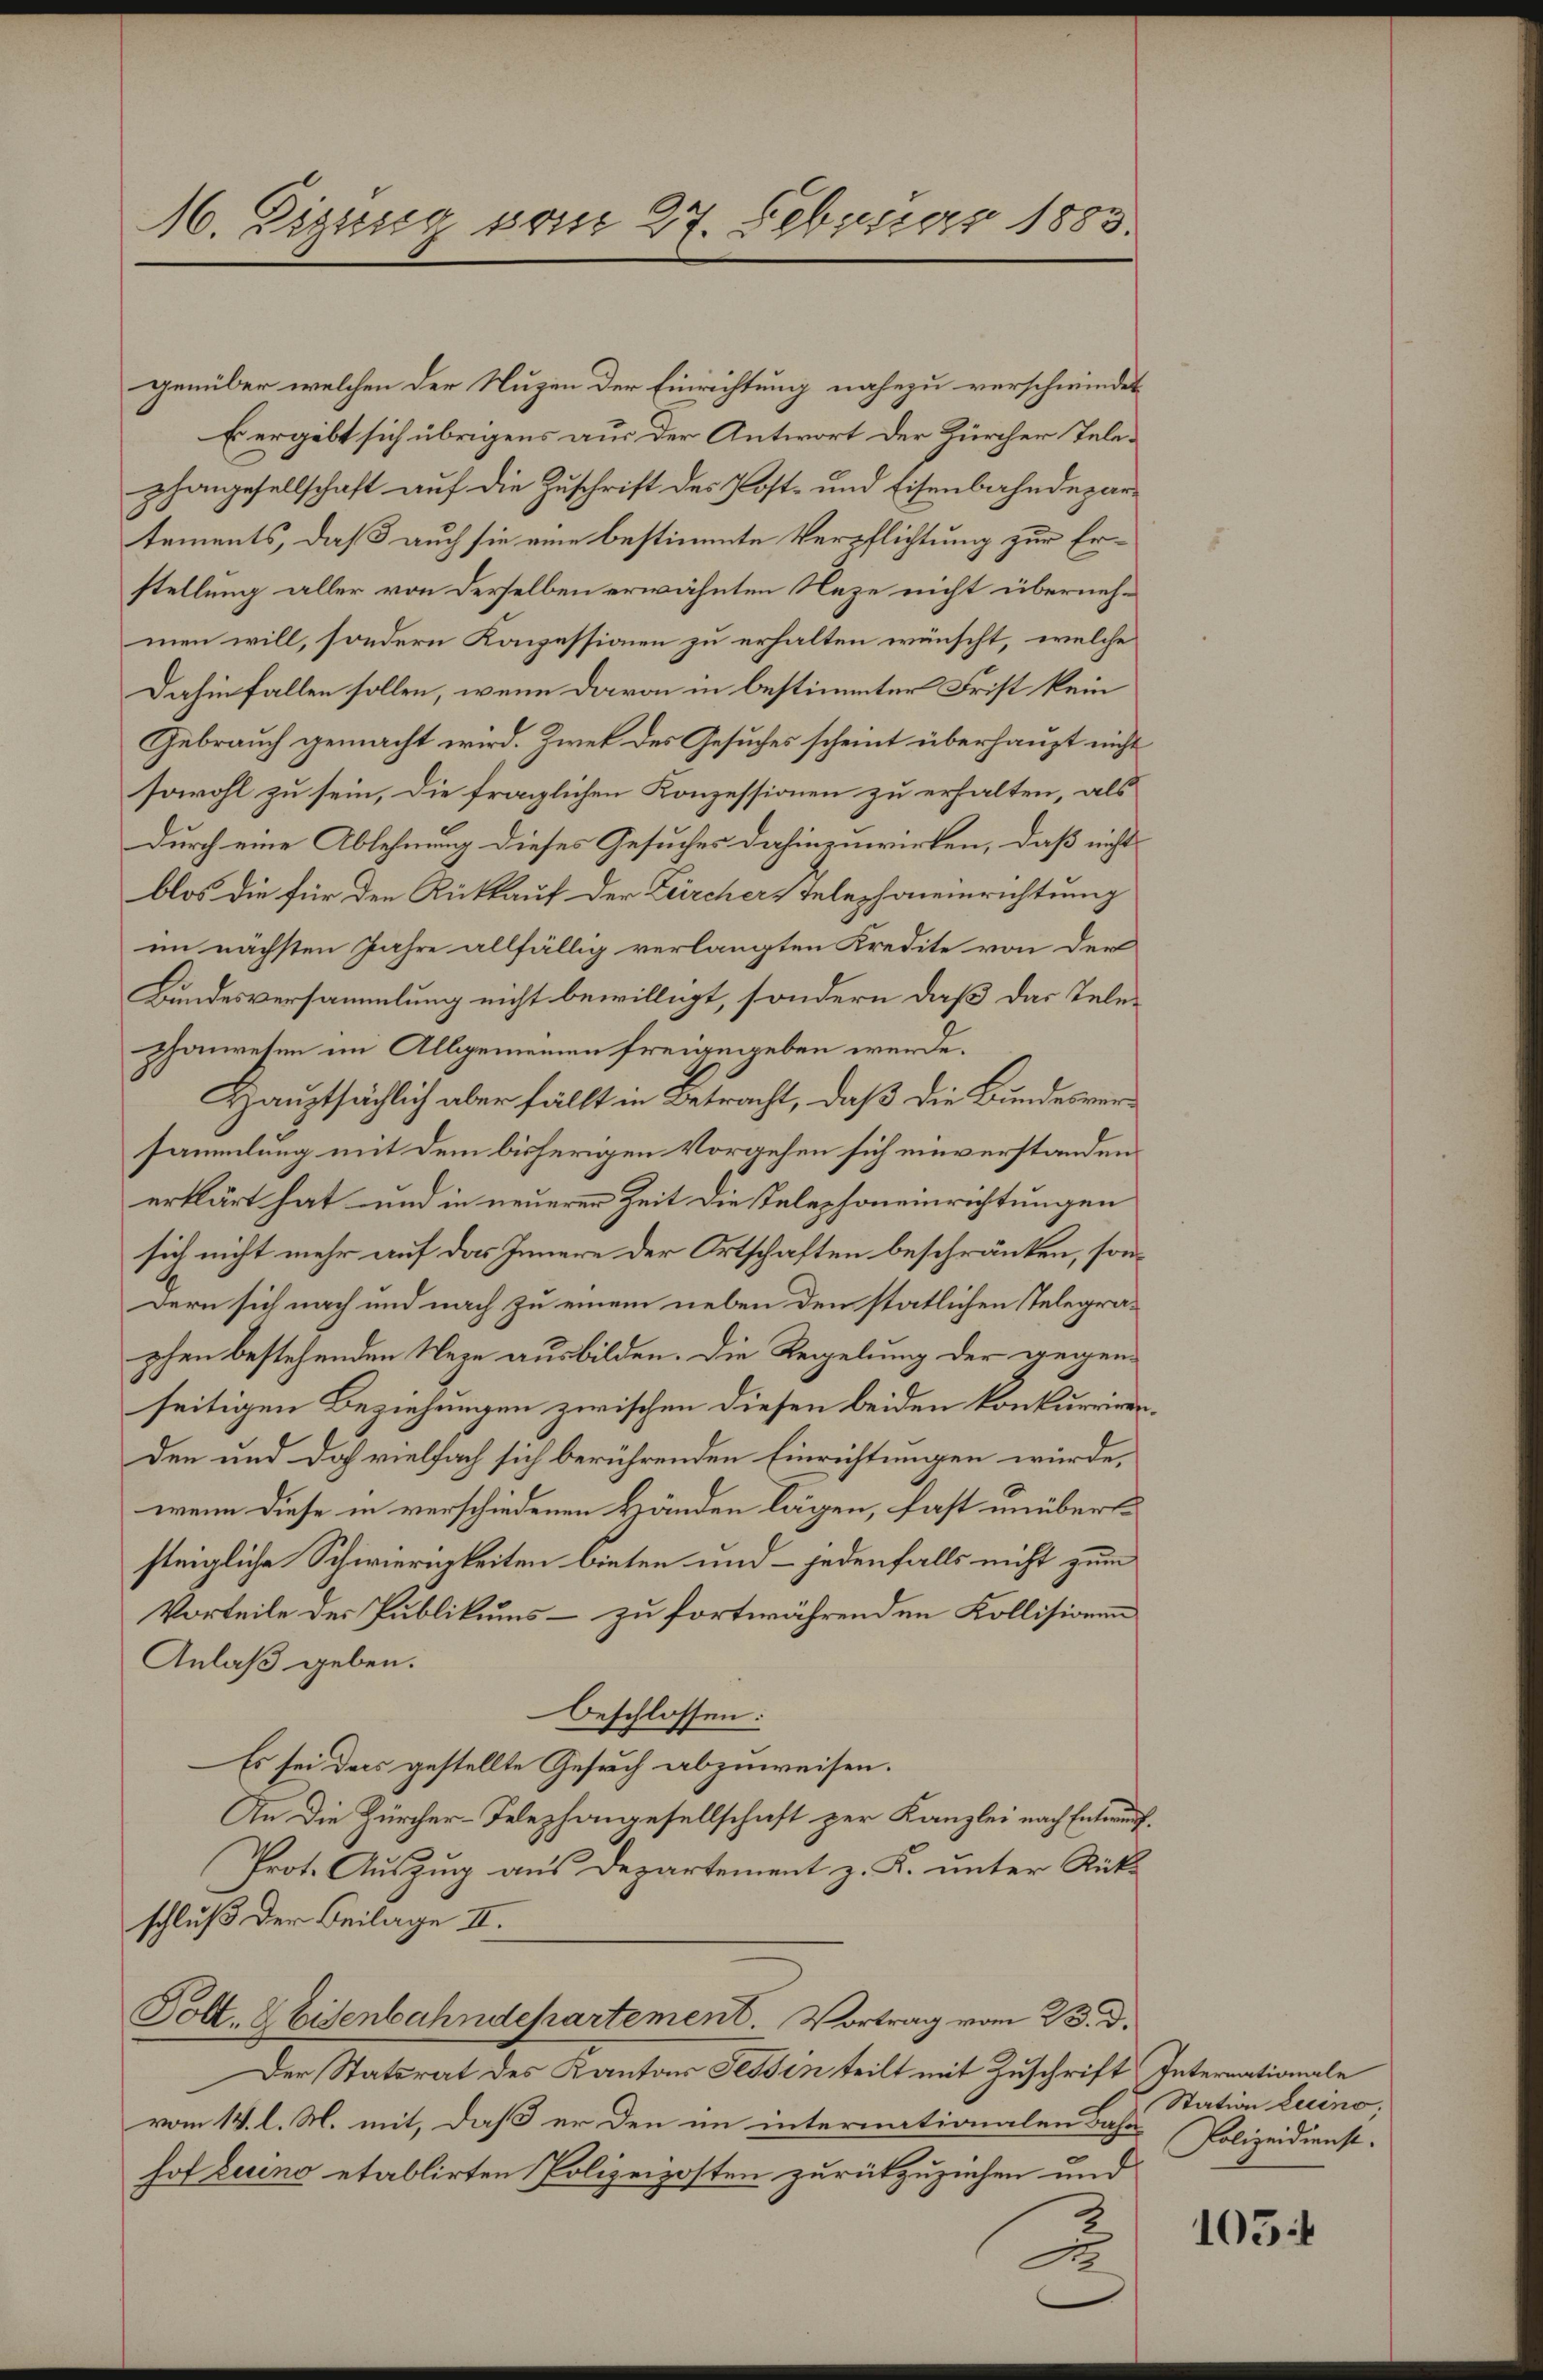
M. Eigung vom 27. Februar 1883.

genüber welchen der Nuzen der Einrichtung nahezu verschwindet
E ergibt sich übrigens aus der Antwort der Zürcher Telephangesellschaft auf die Zuschrift des Post- und Eisenbahndepartements, daß auch sie eine bestimmte Verpflichtung zur Erstellung aller von derselben erwähnten Neze nicht übernehmen will, sondern Konzessionen zu erhalten wünscht, welche
Dahin fallen sollen, wenn davon in bestimmter Frist kein
Gebrauch gemacht wird. Zwek des Gesuches scheint überhaupt nicht
sowohl zu sein, die fraglichen Konzessionen zu erhalten, als
durch eine Ablehnung dieses Gesuches dahinenwirken, daß nicht
blos die für den Rückkauf der Zeircher Telephoneinrichtung
im nächsten Jahre allfällig verlangten Kredite von der
Bundesversammlung nicht bewilligt, sondern daß das Telezhaureten im Allgemeinen freigegeben werde.
Hauptsächlich aber fällt in Betracht, daß die Bundesversammlung mit dem bisherigen Vorgehen sich einverstandenerklärt hat und in neuerer Zeit die Telephoneinrichtungen
sich nicht mehr auf das Innere der Ortschaften beschränken, sondern sich nach und nach zu einem neben den statlichen Telegraphen bestehenden Wege ausbilden. Die Regelung der gegenseitigen Beziehungen zwischen diesen beiden konkurrirenden und doch vielfach sich berührenden Einrichtungen würde,
wenn diese in verschiedenen Händen lägen, fast unüberssteigliche Schwierigkeiten bieten und – jedenfalls nicht zum
Vorteile des Publikums – zu fortwährenden Kollisionen
Anlaß geben.
beschlossen:
Es sei das gestellte Gesuch abzuweisen.
An die Zürcher-Telephongesellschaft zur Kanzlei nach Entwurf.
Prot. Auszug aus Departement z. K. unter Rückschluß der Beilage II.
Polt. Eisenbahndepartement. Vortrag vom 23. d.
Der Statsrat des Kanton Tessin teilt mit Zuschrift Internationale
vom 14. l. M. mit, daß er den im internationalen Bahn
hof Luino etablirten Polizeiposten zurückzuziehen und

Station Luino,
Polizeidienst.

1054